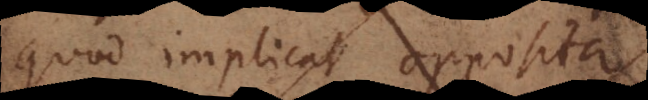
quod implicat opposi